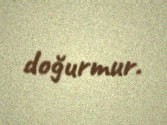
doğurmur.